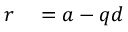
\begin{array} { r l } { r } & { { } = a - q d } \end{array}